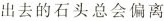
出去的石头总会偏离